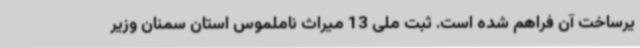
یرساخت آن فراهم شده است. ثبت ملی 13 میراث ناملموس استان سمنان وزیر